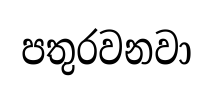
පතුරවනවා